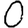
Digit: 0